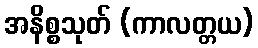
အနိစ္စသုတ် (ကာလတ္တယ)